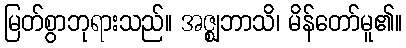
မြတ်စွာဘုရားသည်။ အဇ္ဈဘာသိ၊ မိန်တော်မူ၏။